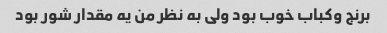
برنج وکباب خوب بود ولی به نظر من یه مقدار شور بود